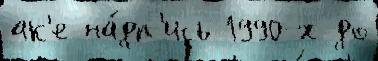
ак'е на́дп'ись 1990-х до